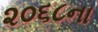
૨૦૬૮ના